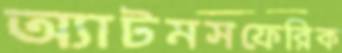
অ্যাটমসফেরিক